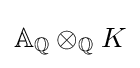
\mathbb {A} _{\mathbb {Q} }\otimes _{\mathbb {Q} }K